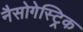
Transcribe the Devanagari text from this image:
नैसोगेस्ट्रिक